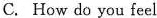
C. How do you feel